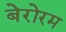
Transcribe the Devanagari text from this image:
बेरोरम